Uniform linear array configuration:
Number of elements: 8
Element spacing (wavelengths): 0.5
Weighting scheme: blackman
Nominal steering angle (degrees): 45
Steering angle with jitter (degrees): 45.201
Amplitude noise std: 0.05
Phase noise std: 0.05

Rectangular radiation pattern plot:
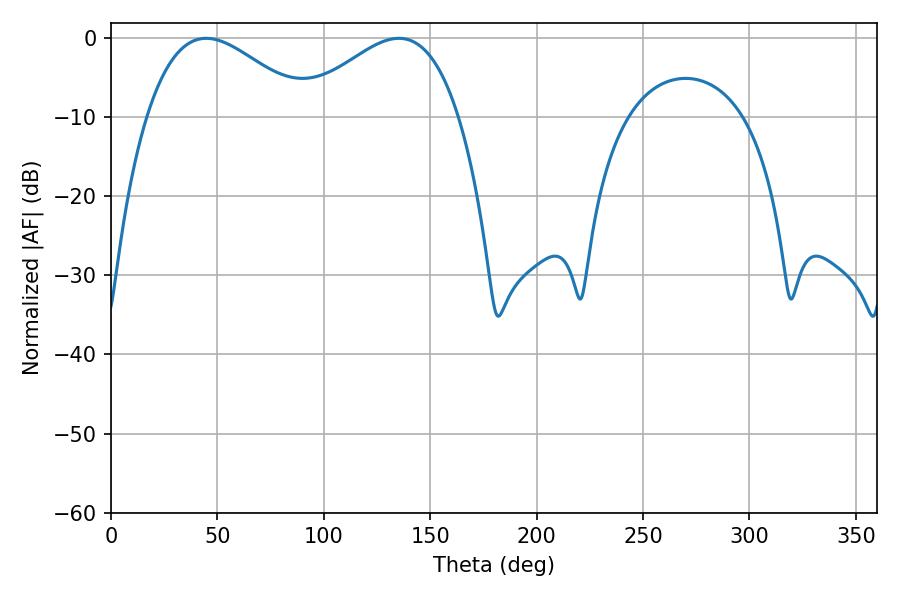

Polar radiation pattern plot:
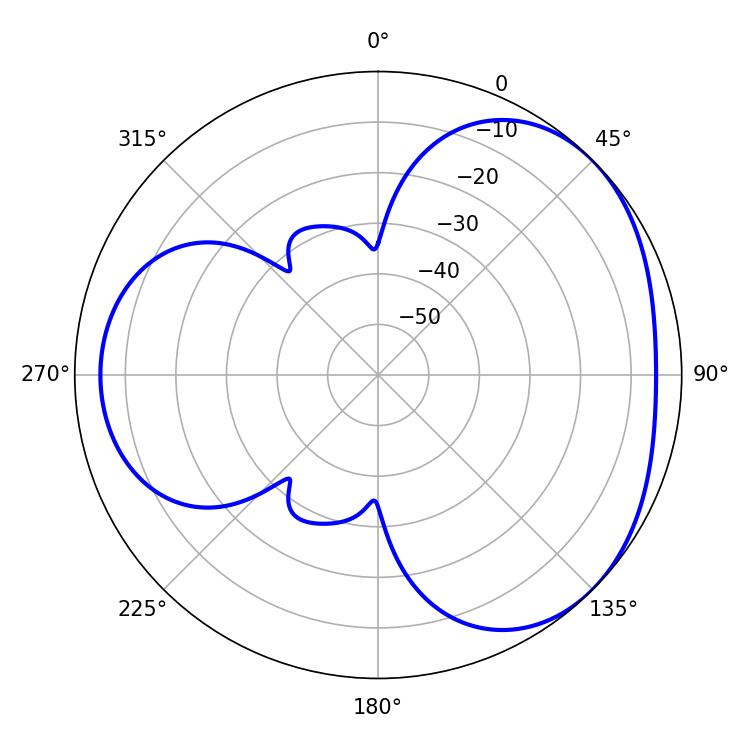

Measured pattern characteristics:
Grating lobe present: FALSE
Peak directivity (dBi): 3.397
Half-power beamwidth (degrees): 41.04
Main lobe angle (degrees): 44.64